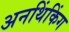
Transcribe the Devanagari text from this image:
अनथिंकिंग